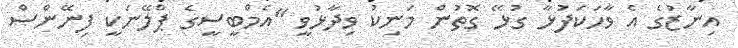
އިނާޒުގެ އެ ވާހަކަފުޅާ ގުޅޭ ގޮތުން މަނިކު ވިދާޅުވީ "އެމްބީސީގެ ޕްލޭނަކީ ފިނޭންސް